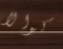
كوالا